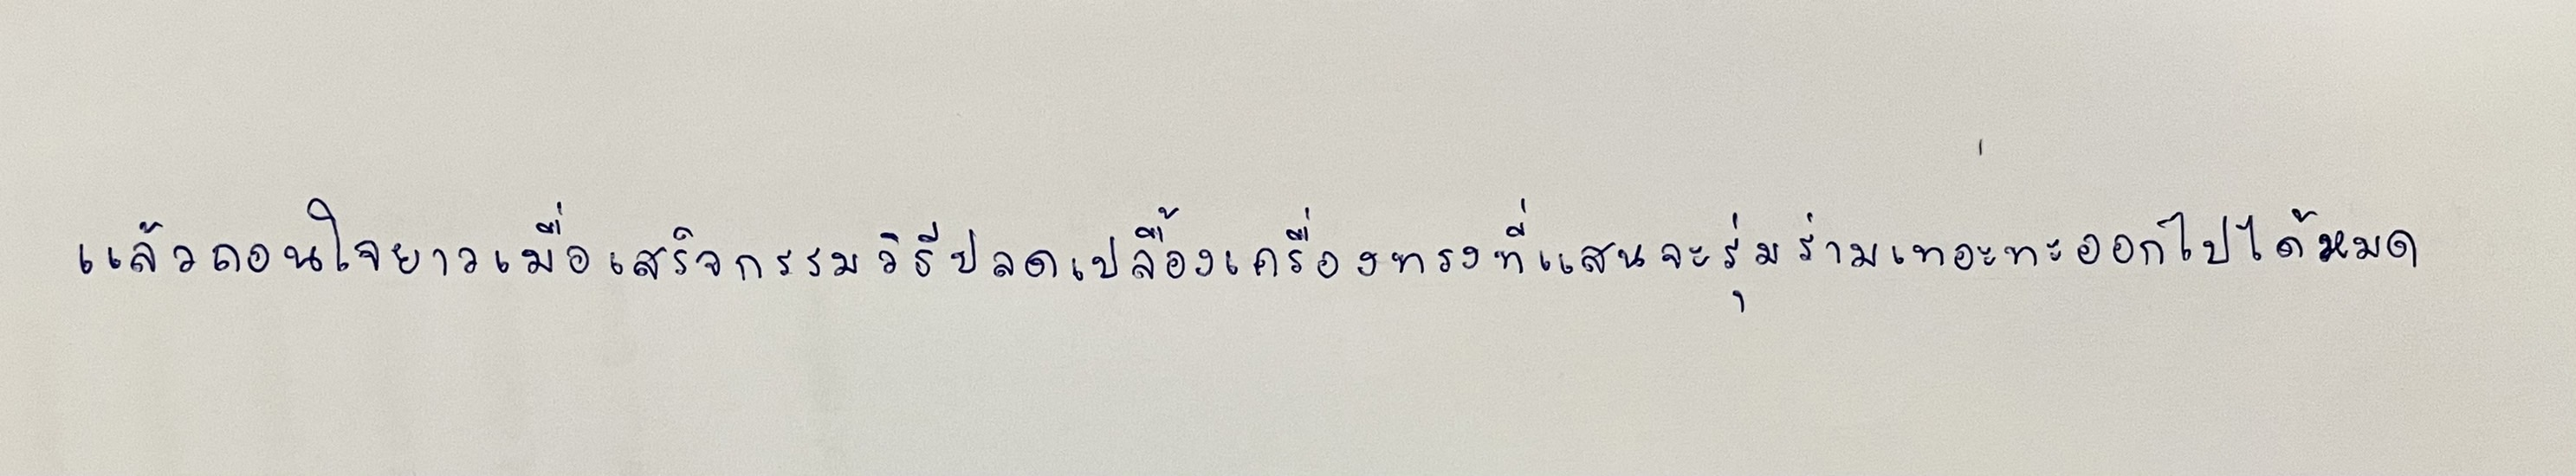
แล้วถอนใจยาวเมื่อเสร็จกรรมวิธีปลดเปลื้องเครื่องทรงที่แสนจะรุ่มร่ามเทอะทะออกไปได้หมด